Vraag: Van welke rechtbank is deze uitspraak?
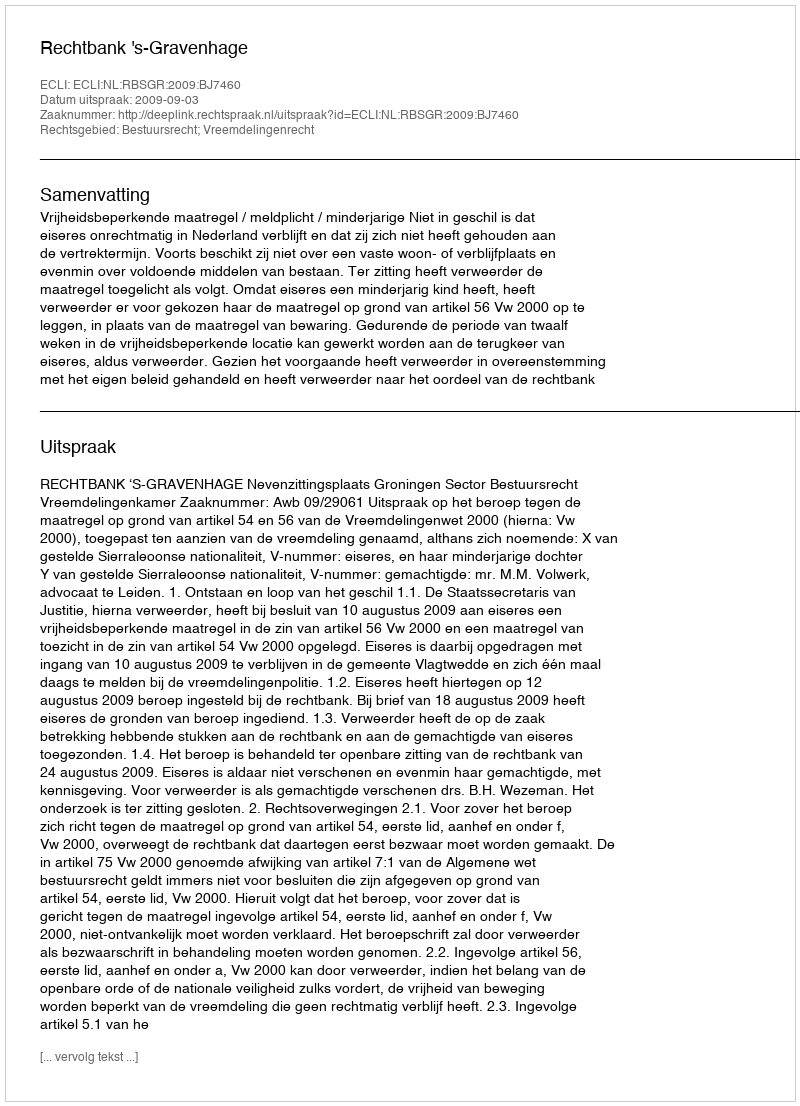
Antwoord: Rechtbank 's-Gravenhage